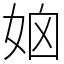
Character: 𡜧